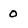
Character: 0